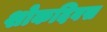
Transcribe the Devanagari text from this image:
शोकदिवस